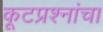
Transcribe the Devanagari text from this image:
कूटप्रश्नांचा